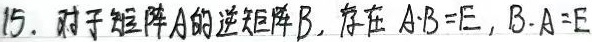
15. 对于矩阵\(A\)的逆矩阵\(B\)，存在\(A\cdot B = E\)，\(B\cdot A = E\)。